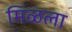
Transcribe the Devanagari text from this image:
मिळला